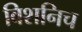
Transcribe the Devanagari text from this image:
विशनिच